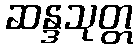
ဆန္ဒသုတ္တ